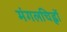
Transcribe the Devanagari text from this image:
मंगलचिह्नों